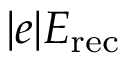
| e | E _ { \mathrm { r e c } }